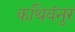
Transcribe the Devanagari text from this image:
कथिवंनुर